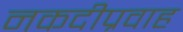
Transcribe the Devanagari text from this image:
नकदीप्रवाह